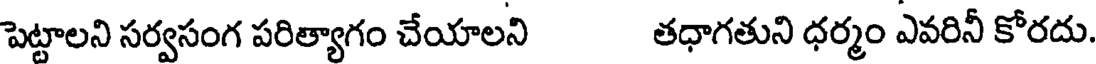
పెట్టాలని సర్వసంగ పరిత్యాగం చేయాలని తధాగతుని ధర్మం ఎవరినీ కోరదు.